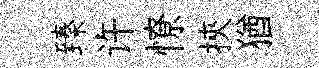
臻许憭挾猶